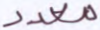
معدد